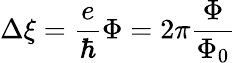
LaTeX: \Delta\xi=\frac{e}{\hbar}\Phi=2\pi\frac{\Phi}{\Phi_{0}}